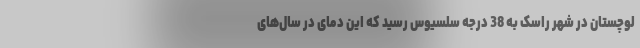
لوچستان در شهر راسک به 38 درجه سلسیوس رسید که این دمای در سال‌های